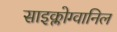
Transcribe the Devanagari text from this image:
साइक्लोग्वानिल